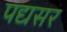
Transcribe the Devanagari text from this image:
पद्यसर